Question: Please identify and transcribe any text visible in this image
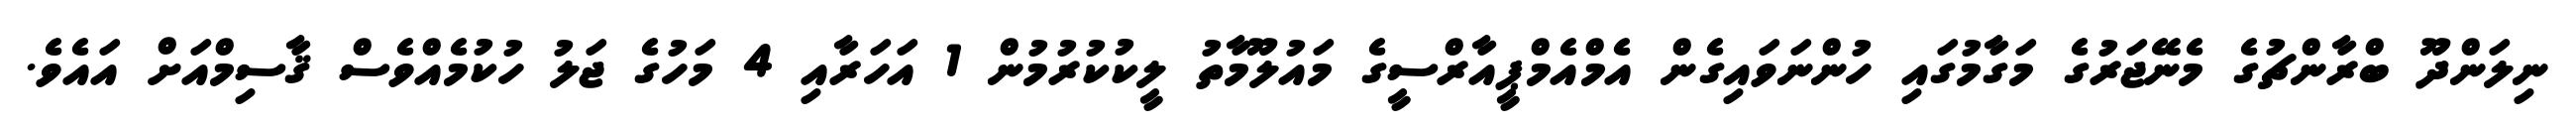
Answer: ނިލަންދޫ ބްރާންޗުގެ މެނޭޖަރުގެ މަގާމުގައި ހުންނަވައިގެން އެމްއެމްޕީއާރްސީގެ މައުލޫމާތު ލީކުކުރުމުން 1 އަހަރާއި 4 މަހުގެ ޖަލު ހުކުމެއްވެސް ޤާސިމްއަށް އައެވެ.